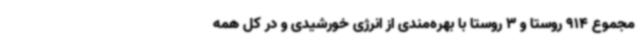
مجموع 914 روستا و 3 روستا با بهره‌مندی از انرژی خورشیدی و در کل همه